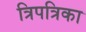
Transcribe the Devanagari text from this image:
त्रिपत्रिका